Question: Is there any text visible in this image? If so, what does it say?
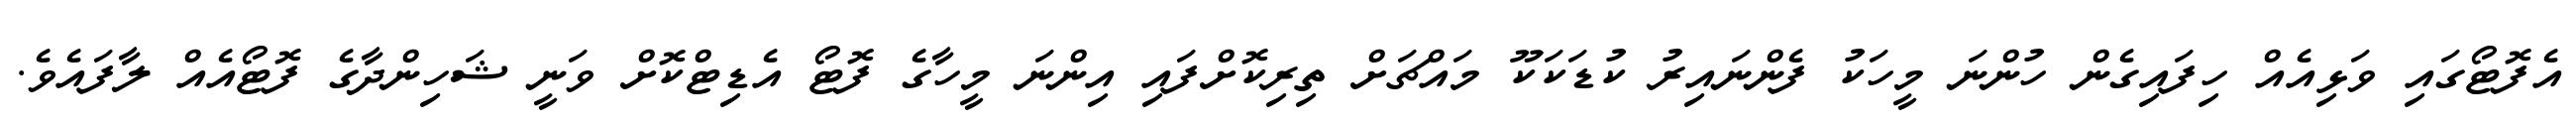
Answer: އެފޮޓޯގައި ވަޅިއެއް ހިފައިގެން ހުންނަ މީހަކު ފެންނައިރު ކުޑަކަކޫ މައްޗަށް ތިރިކޮށްފައި އިންނަ މީހާގެ ފޮޓޯ އެޑިޓްކޮށް ވަނީ ޝަހިންދާގެ ފޮޓޯއެއް ލާފައެވެ.